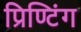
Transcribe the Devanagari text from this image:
प्रिण्टिंग